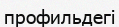
профильдегі